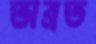
অব্রত